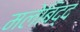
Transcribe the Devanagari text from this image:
मलेबिद्द